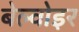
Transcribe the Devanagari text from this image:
बेल्वोइर